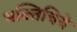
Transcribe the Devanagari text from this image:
भक्तिचिये